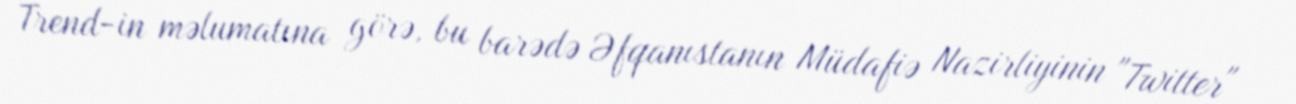
Trend-in məlumatına görə, bu barədə Əfqanıstanın Müdafiə Nazirliyinin "Twitter"